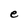
Character: e